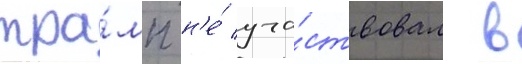
тра́мп н'е́ уча́ствовал в